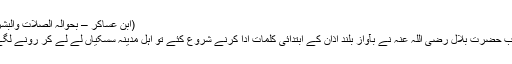
(ابن عساکر – بحوالہ الصلات والبشر)
جب حضرت بلال رضی اللہ عنہ نے بآواز بلند اذان کے ابتدائی کلمات ادا کرنے شروع کئے تو اہل مدینہ سسکیاں لے لے کر رونے لگے۔